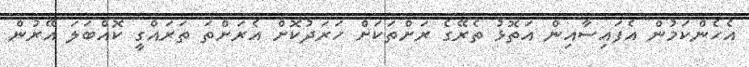
އެހެންކަމުން އެފައިސާއިން އަތޮޅު ތެރޭގެ ރަށްތަކަށް ހަރަދުކޮށް އެރަށްތަ ތަރައްގީ ކޮއްބަލަ އޭރުން